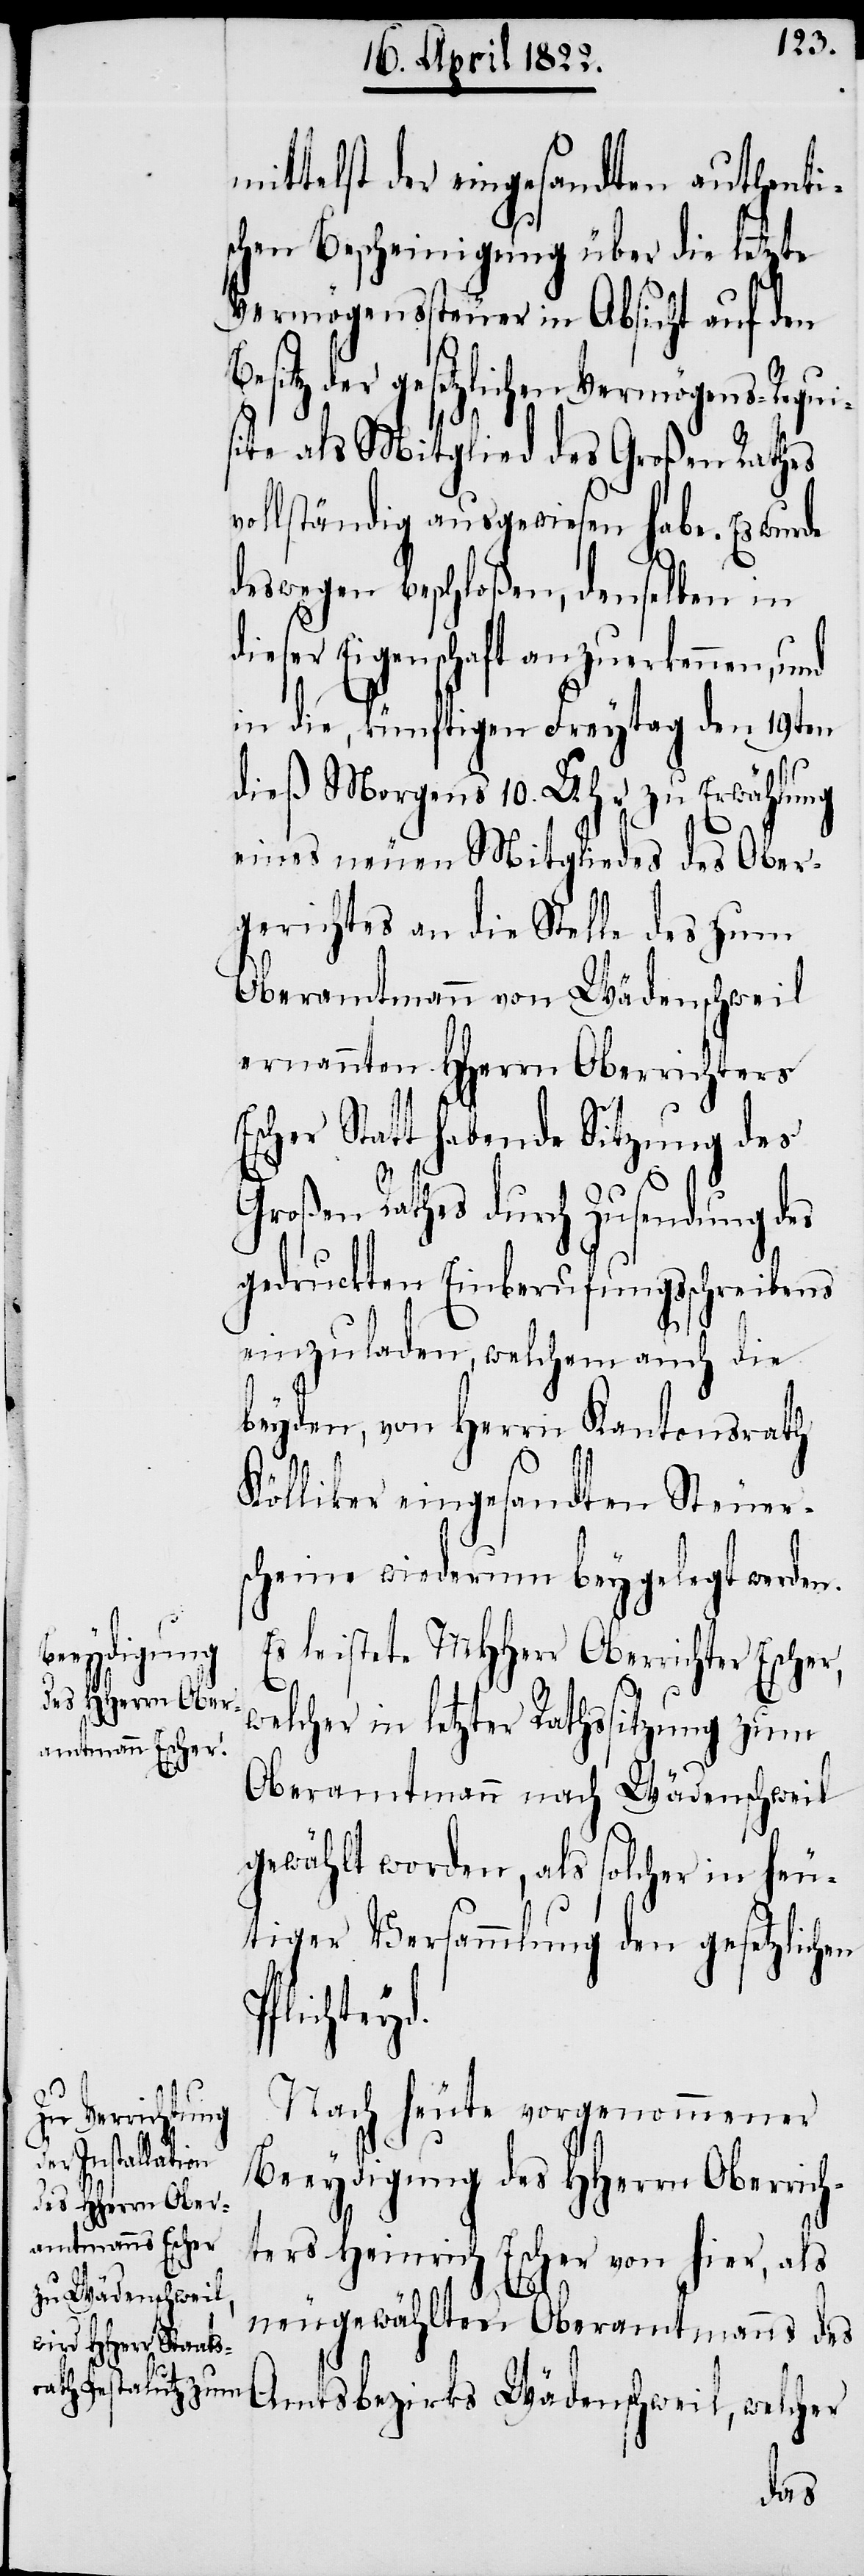
mittelst der eingesandten authenti¬
schen Bescheinigung über die letzte
Vermögenssteuer in Absicht auf den
der gesetzlichen Vermögens-Requi¬
site als Mitglied des Großen Rathes
vollständig ausgewiesen habe. Es wurde
deswegen beschloßen, denselben in
dieser Eigenschaft anzuerkennen, und
in die, künftigen Freytag den 19ten
dieß Morgens 10. Uhr zu Erwählung
eines neuen Mitgliedes des Ober¬
gerichtes an die Stelle des zum
Oberamtmann von Wädenschweil
ernannten HHerrn Oberrichters
Escher Statt habende Sitzung des
d.
Großen Rathes durch Zusendung des
gedruckten Einberufungsschreibens
einzuladen, welchem auch die
beyden, von Herrn Kantonsrath
Kölliker eingesandten Steuers¬
cheine wiederum beygelegt werden.
Es leistete MHHerr Oberrichter Escher,
welcher in letzter Rathssitzung zum
Oberamtmann nach Wädenschweil
gewählt worden, als solcher in heu¬
tiger Versammlung den gesetzlichen
welcher
Nach heute vorgenommener
Beeydigung des HHerrn Oberrich¬
ters Heinrich Escher von hier, als
Wädenschweil,
neugewählten Oberamtmanns des